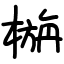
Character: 㮵